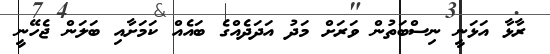
ރާޅާ އަޅަނީ ނިސްބަތުން ވަރަށް މަދު އަދަދެއްގެ ބައެއް ކަމަށާއި ބަލަން ޖެހޭނީ